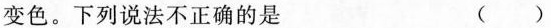
变色。下列说法不正确的是 ()